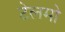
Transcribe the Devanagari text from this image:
टेलमो